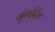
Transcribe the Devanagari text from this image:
मुंबईदेश